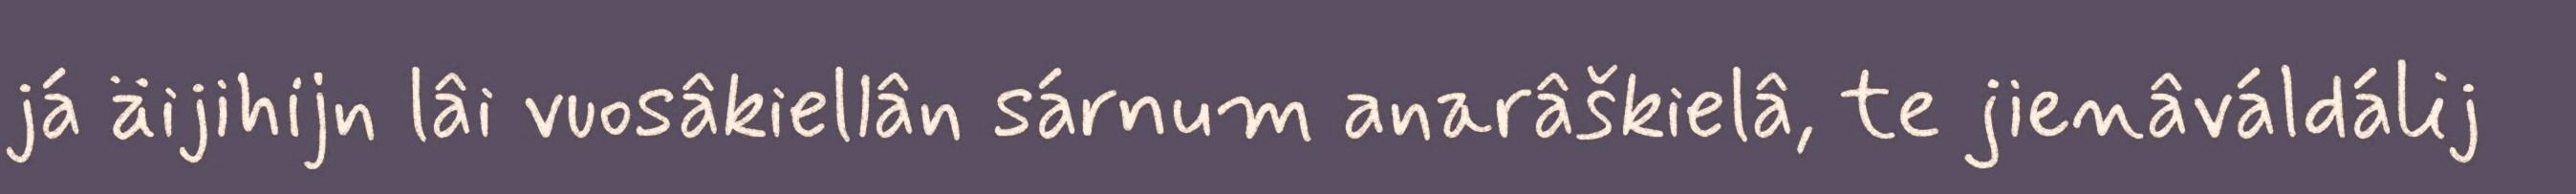
já äijihijn lâi vuosâkiellân sárnum anarâškielâ, te jienâváldálij